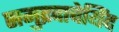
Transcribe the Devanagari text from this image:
समुद्रदाचेयिंद